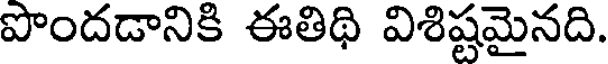
పొందడానికి ఈతిథి విశిష్టమైనది.